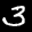
Label: 3